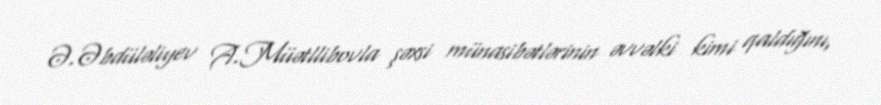
Ə.Əbdüləliyev A.Müətllibovla şəxsi münasibətlərinin əvvəlki kimi qaldığını,